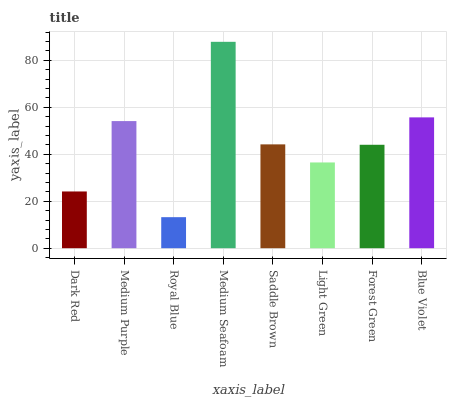
| xaxis_label | bars |
 | --- | --- |
 | Dark Red | 24.2 |
 | Medium Purple | 54.1 |
 | Royal Blue | 13.2 |
 | Medium Seafoam | 87.9 |
 | Saddle Brown | 44.2 |
 | Light Green | 36.5 |
 | Forest Green | 44 |
 | Blue Violet | 55.7 |